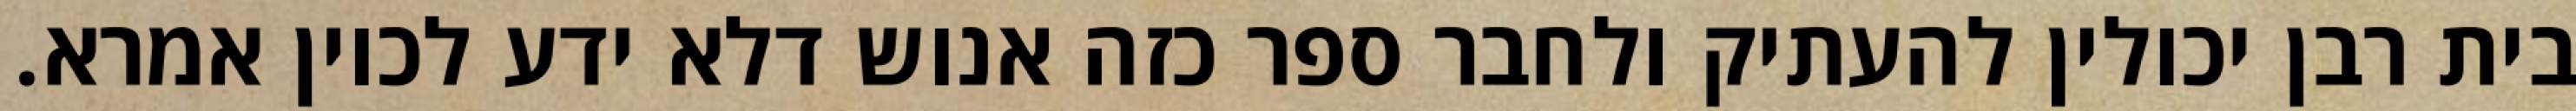
בית רבן יכולין להעתיק ולחבר ספר כזה אנוש דלא ידע לכוין אמרא.